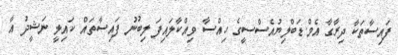
ފައިސާތަކާ ދިރާގާ އެމް.ޑަބްލިޔުއެސްސީގެ ހިއްސާ ވިއްކާލައިފަ ލިބުނު ފައިސާތައް ކައިލީ ނަޝީދު އާ